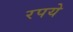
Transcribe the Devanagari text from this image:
रपये